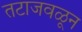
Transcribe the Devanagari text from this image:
तटाजवळून